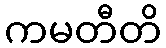
ကမတီတိ